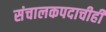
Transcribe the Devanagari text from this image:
संचालकपदाचीही